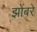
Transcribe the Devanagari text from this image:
झोंबरे